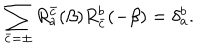
LaTeX: \sum _ { \bar { c } = \pm } R _ { a } ^ { \bar { c } } ( \beta ) R _ { \bar { c } } ^ { b } ( - \beta ) = \delta _ { a } ^ { b } .